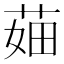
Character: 𦲣